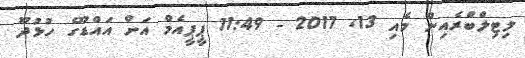
ލިޓިލްބްރެއިން މެއި 13